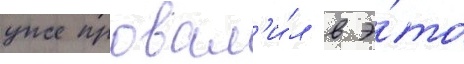
уже провал'и́л в э́то